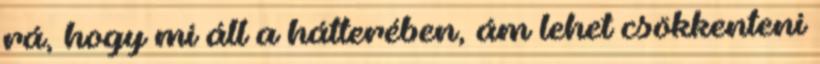
rá, hogy mi áll a hátterében, ám lehet csökkenteni